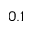
0 . 1